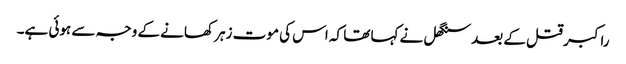
راکبر قتل کے بعد سنگھل نے کہا تھا کہ اس کی موت زہر کھانے کے وجہ سے ہوئی ہے۔